Civil Veterinary Department Bihar & Orissa reports 1911-21 - 1911-1921
Year: 1911
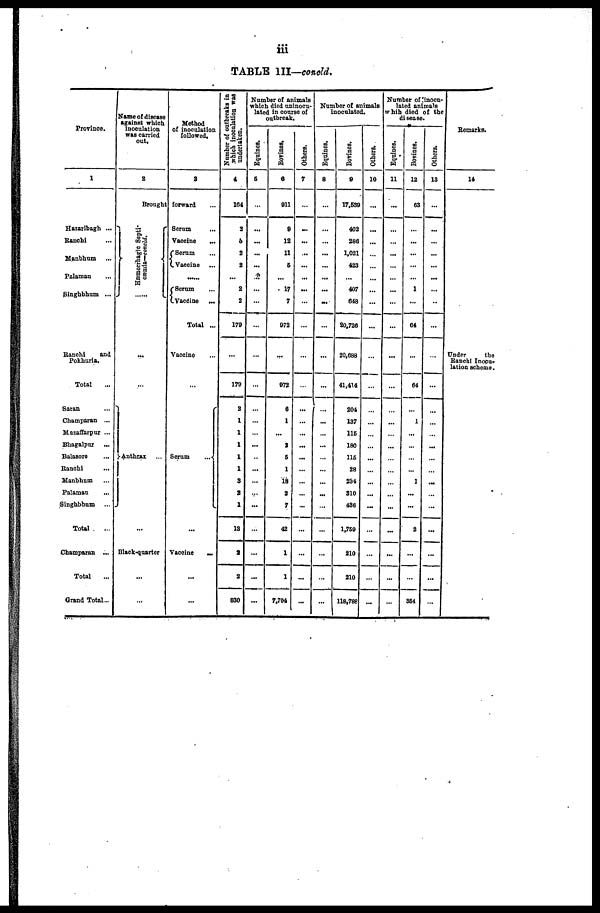
iii
TABLE III—concld.
Province.
1
Hazaribagh ...
Ranchi ...
Manbhum ...
Palamau ...
Singhbhum ...
Ranchi
and
Pokhuria.
Total ...
Satan ...
Champaran ...
Muzaffarpur ...
Bhagalpur ...
Balasore ...
Ranchi ...
Manbhum ...
Palamau
...
Singhbhum ...
Total
...
Champaran ...
Total ...
Grand Total...
Name of disease
against which
inoculation
was carried
out.
2
Brought
Hæmorrhagic Septi-
cæmia—concld.
.....
...
Anthrax ...
...
Black-quarter
...
...
Method
of inoculation
followed.
3
forward ...
Serum ...
Vaccine
...
Serum ...
Vaccine ...
......
Serum ...
Vaccine ...
Total ...
Vaccine ...
...
Serum ...
...
Vaccine
...
...
...
Number of outbreaks in
which inoculation was
undertaken.
4
104
2
6
2
2
...
2
2
179
...
179
2
1
1
1
1
1
3
2
1
13
2
2
830
Number of animals
which died uninocu-
lated in course of
outbreak.
Equines.
5
...
...
...
...
...
...
...
...
...
...
...
...
...
...
...
...
...
...
...
...
...
...
...
...
Bovines.
6
911
9
12
11
5
...
17
7
972
...
972
6
1
...
2
5
1
18
2
7
42
1
1
7,704
Others.
7
...
...
...
...
...
... ...
...
...
...
...
...
...
...
...
...
...
...
...
...
...
...
...
...
Number of animals
inoculated.
Equines.
8
...
...
...
...
...
...
...
...
...
...
...
...
...
...
...
...
...
...
...
...
...
...
...
...
Bovines.
9
17,539
402
286
1,021
423
...
407
648
20,726
20,688
41,414
204
137
116
180
115
28
234
310
436
1,769
210
210
118,788
Others.
10
...
...
...
...
...
...
...
...
...
...
...
...
...
...
...
...
...
...
...
...
...
...
...
...
Number of inocu-
lated animals
which died of the
disease.
Equines.
11
...
...
...
...
...
...
...
...
...
...
...
...
...
...
...
...
...
...
...
...
...
...
...
...
Bovines.
12
63
...
...
...
...
...
1
...
64
...
64
...
1
...
...
...
...
1
...
...
2
...
...
361 I
Others.
13
...
...
...
...
...
...
...
...
...
...
...
...
...
...
...
...
...
...
...
...
...
...
...
...
Remarks.
14
Under
the
Ranchi Inocu-
lation scheme.